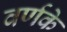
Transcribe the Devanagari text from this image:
वर्णके